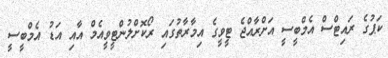
ކަޕުގެ ރައިޓްސް އެމްބީސީ އަށްރާއްޖެ ޓީވީގެ އިމާރާތުގައި ރޯކޮށްލުންޓީވީއެމް އާއި އަޑު އެމްބީސީ